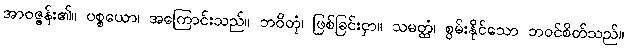
အာဝဇ္ဇန်း၏။ ပစ္စယော၊ အကြောင်းသည်။ ဘဝိတုံ၊ ဖြစ်ခြင်းငှာ။ သမတ္ထံ၊ စွမ်းနိုင်သော ဘဝင်စိတ်သည်။